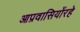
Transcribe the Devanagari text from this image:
आप्रवासियोंरहे